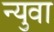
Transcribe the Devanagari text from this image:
न्युवा